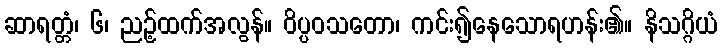
ဆာရတ္တံ၊ ၆၊ ညဉ့်ထက်အလွန်။ ဝိပ္ပဝသတော၊ ကင်း၍နေသောရဟန်း၏။ နိသဂ္ဂိယံ